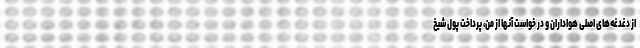
از دغدغه‌های اصلی هواداران و در خواست آنها از من، پرداخت پول شیخ